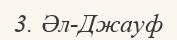
3. Әл-Джауф